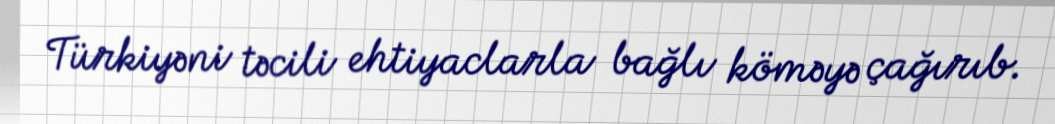
Türkiyəni təcili ehtiyaclarla bağlı köməyə çağırıb.